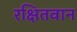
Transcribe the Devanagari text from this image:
रक्षितवान